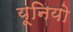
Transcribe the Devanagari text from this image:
यूनियो